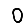
Digit: 0